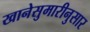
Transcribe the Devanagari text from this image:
खानेसुमारीनुसार